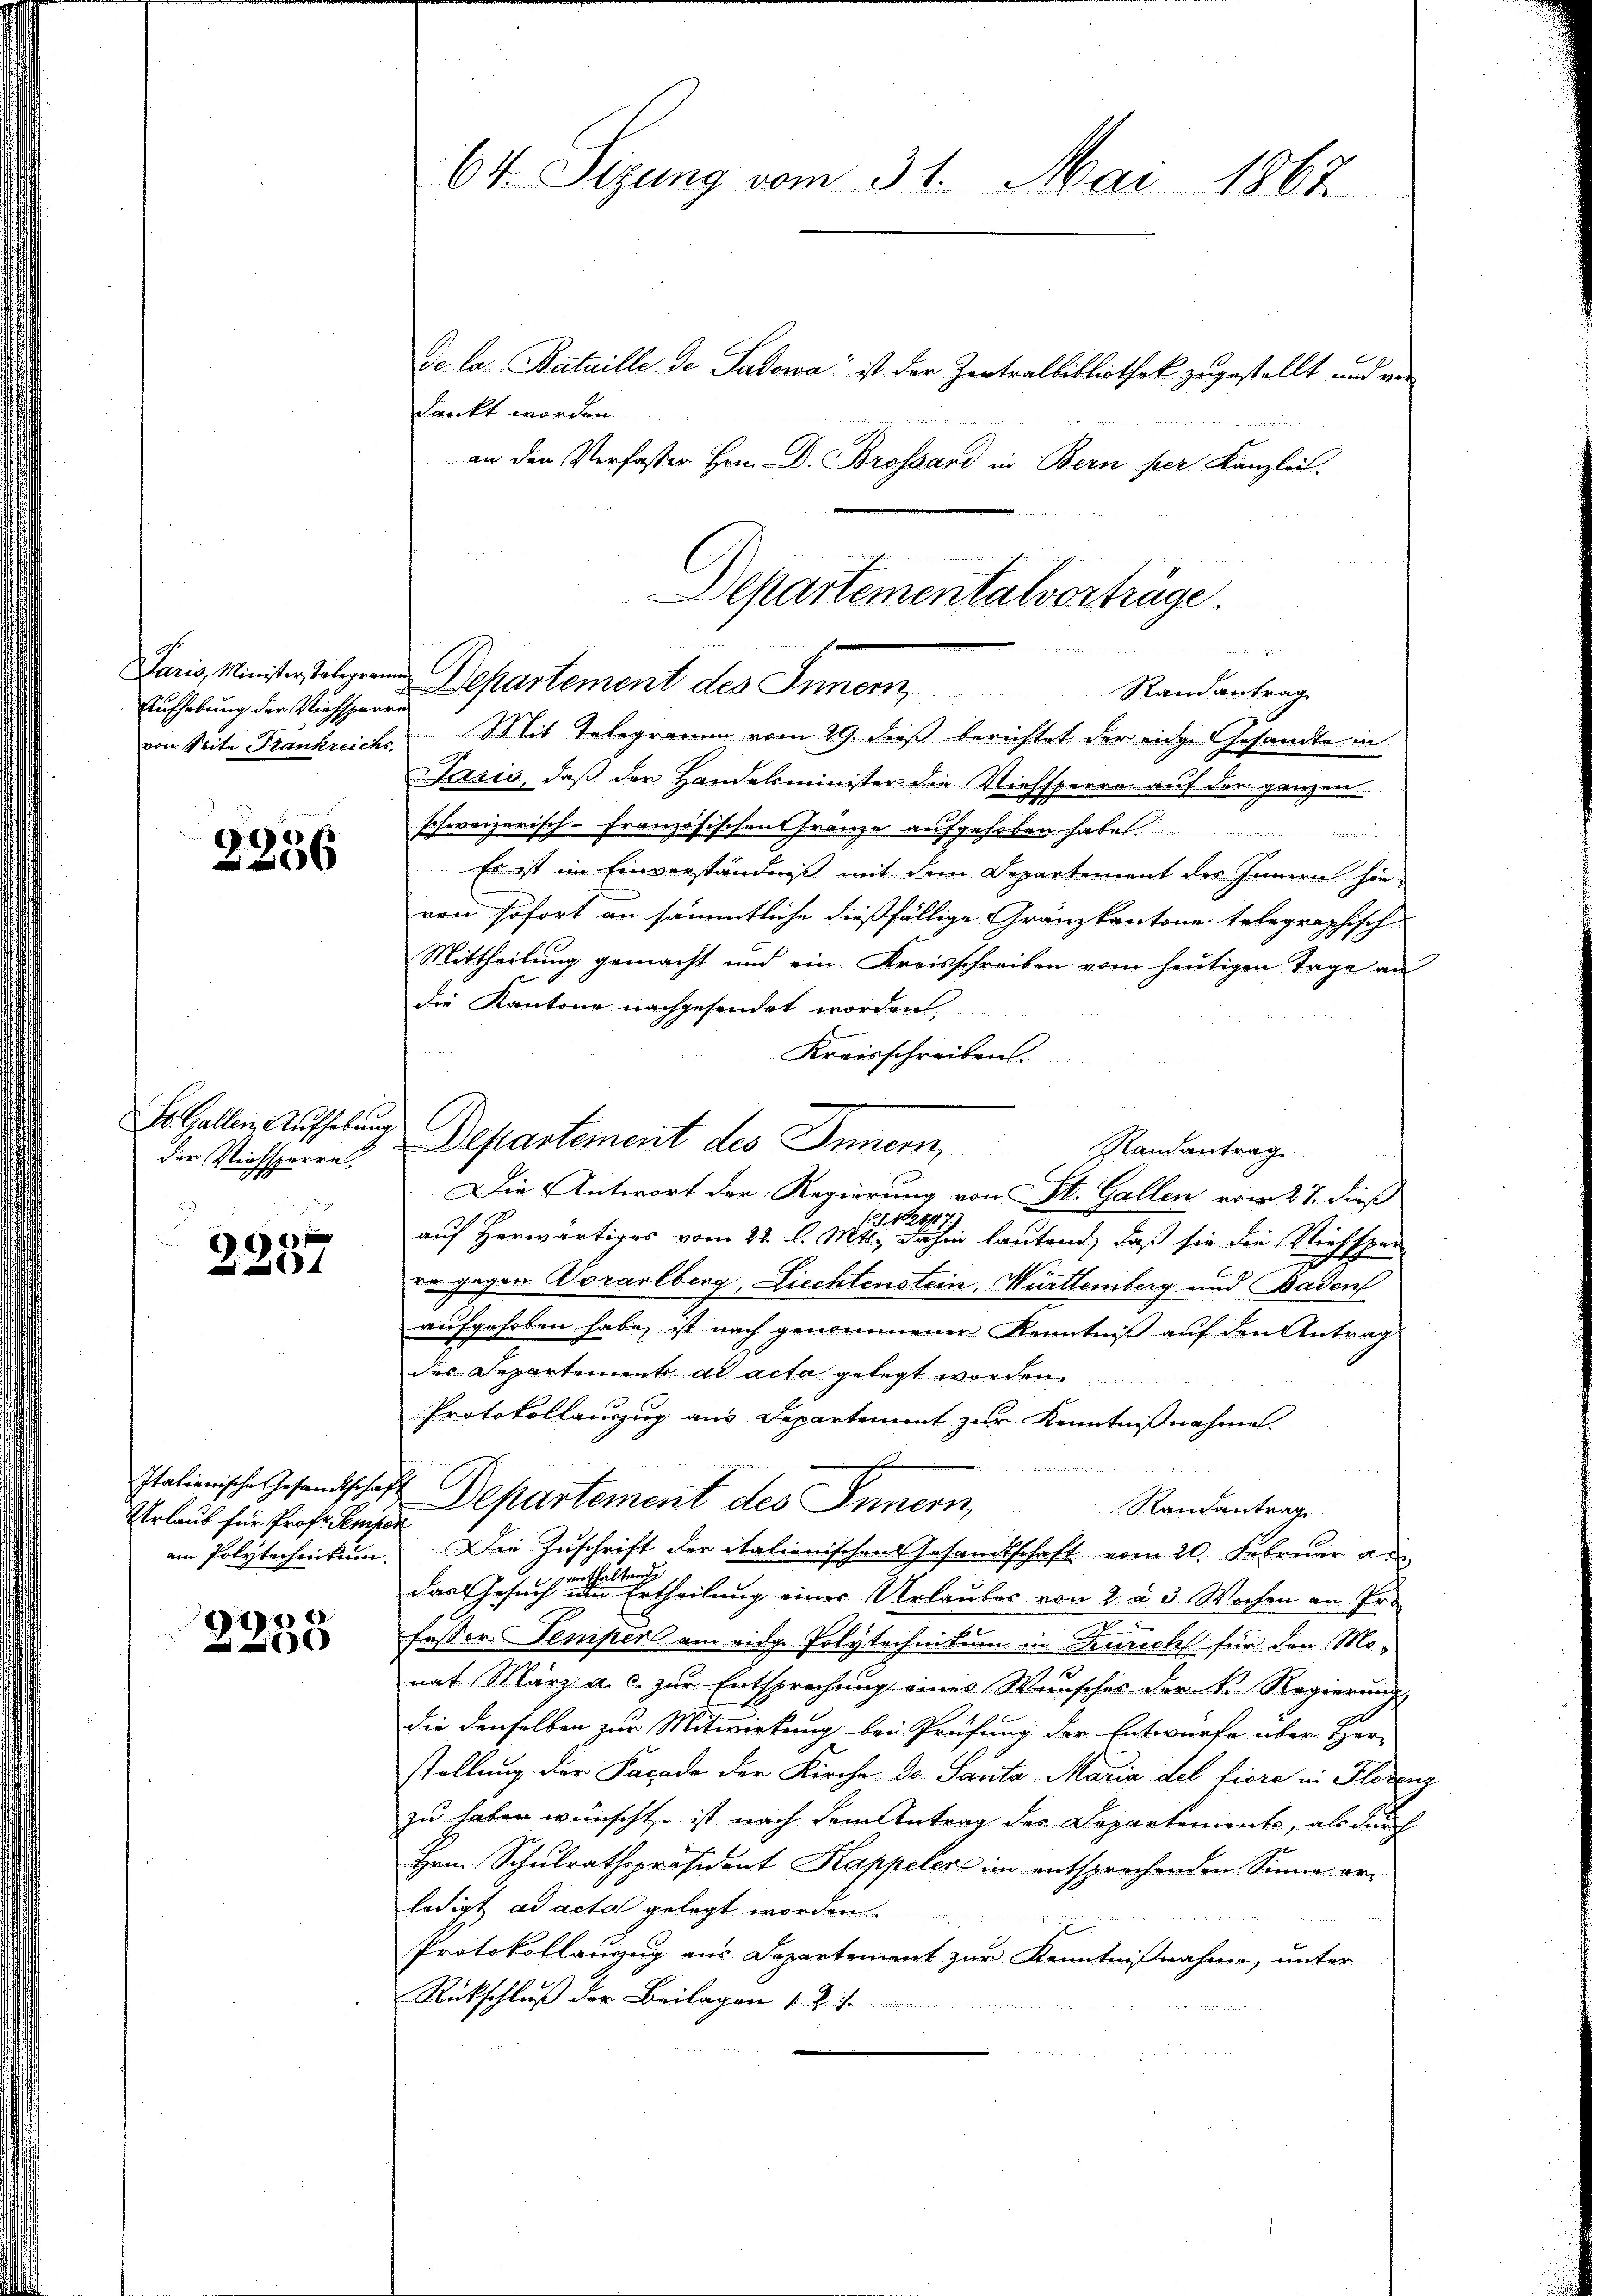
Aufhebung der Marchsperre

2256

der Viehsperre

2201

Verlaub für Prof. Semper

e
6

Jaris, daß der Handelsminister die Viehsperre auf der ganzen
schweizerisch-Französischen Franze aufgehoben habe.
e
Es ist im Einverständniß mit dem Departement des Innern hie-
von sofort an sämmtliche dießfällige Gränzkantone telegraphisch
Mittheilung gemacht und ein Kreisschreiben vom heutigen Tage an
die Kantone nachgesendet worden.
Kreisschreibens.
Randantrag
Die Antwort der Regierung von St. Gallen vom 27. dieß
J.M.
279
auf herwärtiges vom 22. l. Mts. dahin lautend, daß sie die Viehsper
de gegen Vorarlberg, Liechtenstein, Württemberg und Baden
aufgehoben habe, ist nach genommener Kenntniß auf den Antrag
des Departement ad acta gelegt wor
Protokollauszug aus Departement zur Kenntnißnahme.

Italienische Gesandschaft Departement des Innern,
Randantrag
em Polytechnikum. Die Zuschrift der italienischen Gesandtschaft vom 20. Februar au
das Gesuch einer Ertheilung einer Urlauber von 2 u. 3 Wochen an Pr
e
fessor Temper am eidg. Polytechnitum in denrechts für den Monat März a. c. zur Entsprechung eines Wunsches der k. Regierung,
die denselben zur Mitwirkung bei Prüfung der Entwurfe über Her-
stellung der Facade der Kirche de Santa Maria del fiere in Florenz
zu haben wünscht, – ist nach dem Antrag des Departemente, als durch
Hrn. Schulrathspräsident Kappeler im entsprochenden Sinne er
ledigt ad acta gelegt worden.
                    den der seinen in in des
f
Protokollanzug aus Departement zur Kenntnißnahme, unter
Rückschluß der Beilagen s. Z. f.

64. Sizung vom 31. Mai 1867

De la Bataille de Padowa“ ist der Zentralbibliothek zugestellt und von
dankt worden.
an den Verfasser Hrn. Dr. Brossard in Bern per Kanzlei.

Departementalvorträge.
f
worden
Paris, Minister Telegram Departement des Innern
Randantrag
von Seite Frankreichs, Mit Telegramm vom 29. dieß berichtet der eige Gesandte in

S. Gallen Aufhebung Departement des Innern,